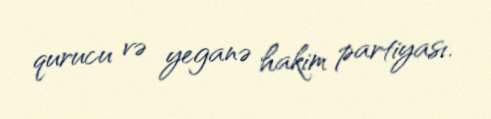
qurucu və yeganə hakim partiyası.